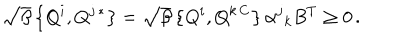
LaTeX: \sqrt { \beta } \left\{ Q ^ { i } , Q ^ { j \, * } \right\} = \sqrt { \beta } \left\{ Q ^ { i } , Q ^ { k \, C } \right\} \alpha ^ { j } { } _ { k } B ^ { T } \geq 0 \, .